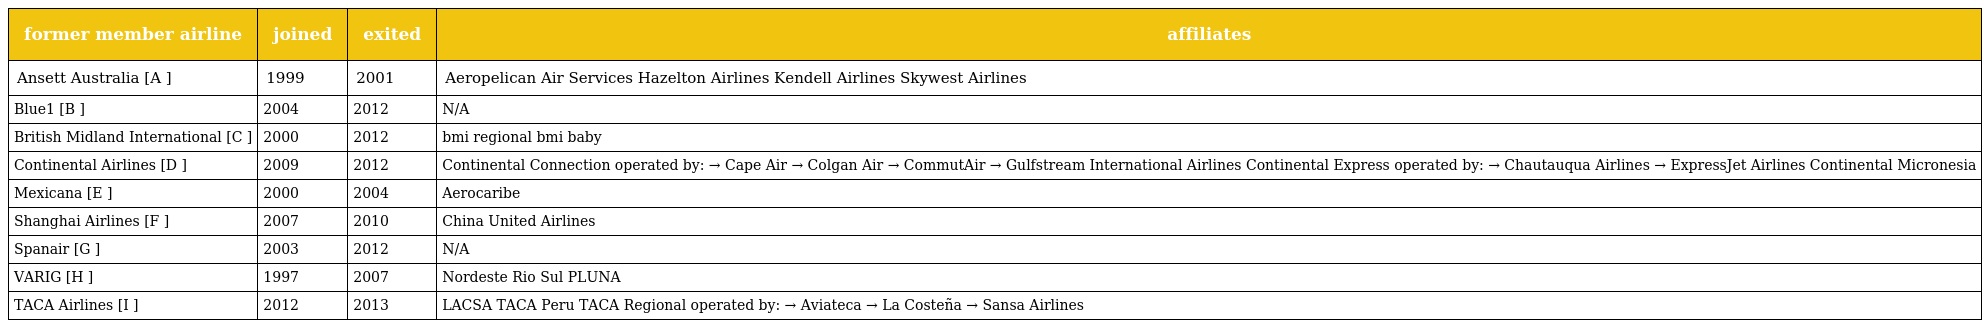
| former member airline | joined | exited | affiliates |
 | --- | --- | --- | --- |
 | Ansett Australia [A ] | 1999 | 2001 | Aeropelican Air Services Hazelton Airlines Kendell Airlines Skywest Airlines |
 | Blue1 [B ] | 2004 | 2012 | N/A |
 | British Midland International [C ] | 2000 | 2012 | bmi regional bmi baby |
 | Continental Airlines [D ] | 2009 | 2012 | Continental Connection operated by: → Cape Air → Colgan Air → CommutAir → Gulfstream International Airlines Continental Express operated by: → Chautauqua Airlines → ExpressJet Airlines Continental Micronesia |
 | Mexicana [E ] | 2000 | 2004 | Aerocaribe |
 | Shanghai Airlines [F ] | 2007 | 2010 | China United Airlines |
 | Spanair [G ] | 2003 | 2012 | N/A |
 | VARIG [H ] | 1997 | 2007 | Nordeste Rio Sul PLUNA |
 | TACA Airlines [I ] | 2012 | 2013 | LACSA TACA Peru TACA Regional operated by: → Aviateca → La Costeña → Sansa Airlines |